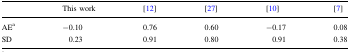
|  | This work | [12] | [27] | [10] | [7] |
 | --- | --- | --- | --- | --- | --- |
 | AEa | −0.10 | 0.76 | 0.60 | −0.17 | 0.08 |
 | SD | 0.23 | 0.91 | 0.80 | 0.91 | 0.38 |